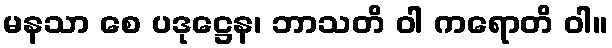
မနသာ စေ ပဒုဋ္ဌေန၊ ဘာသတိ ဝါ ကရောတိ ဝါ။